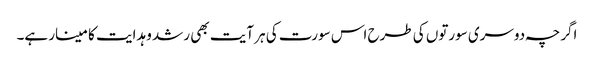
اگرچہ دوسری سورتوں کی طرح اس سورت کی ہر آیت بھی رشد و ہدایت کا مینار ہے۔